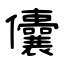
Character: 儾